Indian journal of veterinary science and animal husbandry - Volumes 15-17, 1948-1951
Year: 1948
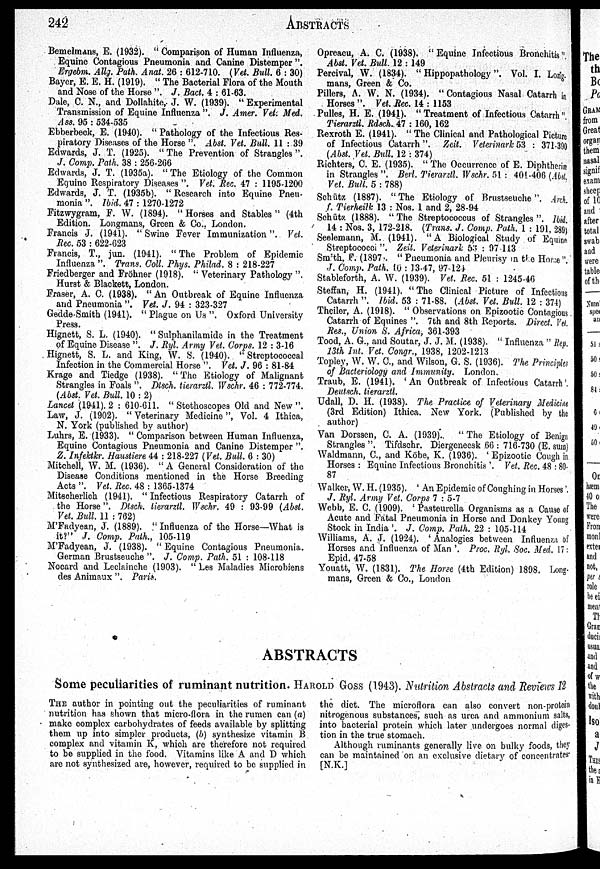
242
ABSTRACTS
Bemelmans, E. (1932). " Comparison of Human Influenza,
Equine Contagious Pneumonia and Canine Distemper ".
Ergebm. Allg. Path. Anat. 26 : 612-710. (Vet. Bull. 6 : 30)
Bayer, E. E. H. (1919). " The Bacterial Flora of the Mouth
and Nose of the Horse ". J. Bact. 4 : 61-63.
Dale, C. N., and Dollahite,. J. W. (1939). " Experimental
Transmission of Equine Influenza ". J. Amer. Vet. Med.
Ass. 95 : 534-535
Ebberbeck, E. (1940). " Pathology of the Infectious Res-
piratory Diseases of the Horse ". Abst. Vet. Bull. 11 : 39
Edwards, J. T. (1925). " The Prevention of Strangles ".
J. Comp. Path. 38 : 256-266
Edwards, J. T. (1935a). " The Etiology of the Common
Equine Respiratory Diseases". Vet. Rec. 47 : 1195-1200
Edwards, J. T. (1935b). " Research into Equine Pneu-
monia ". Ibid. 47 : 1270-1272
Fitzwygram, F. W. (1894). "Horses and Stables" (4th
Edition. Longmans, Green & Co., London.
Francis J. (1941). " Swine Fever Immunization". Vet.
Rec. 53 : 622-623
Francis, T., jun. (1941). "The Problem of Epidemic
Influenza ". Trans. Coll. Phys. Philad. 8 : 218-227
Friedberger and Fröhner (1918). " Veterinary Pathology ".
Hurst & Blackett, London.
Fraser, A. C. (1938). " An Outbreak of Equine Influenza
and Pneumonia ". Vet. J. 94 : 323-327
Gedde-Smith (1941). " Plague on Us ". Oxford University
Press.
Hignett, S. L. (1940). " Sulphanilamide in the Treatment
of Equine Disease ". J. Ryl. Army Vet. Corps. 12 : 3-16
Hignett, S. L. and King, W. S. (1940). "Streptococcal
Infection in the Commercial Horse ". Vet. J. 96 : 81-84
Krage and Tiedge (1938). "The Etiology of Malignant
Strangles in Foals ". Dtsch. tierarztl. Wschr. 46 : 772-774.
(Abst. Vet. Bull. 10 : 2)
Lancet (1941). 2 : 610-611. " Stethoscopes Old and New ".
Law, J. (1902). " Veterinary Medicine", Vol. 4 Ithica,
N. York (published by author)
Luhrs, E. (1933). " Comparison between Human Influenza,
Equine Contagious Pneumonia and Canine Distemper ".
Z. Infektkr. Haustiere 44 : 218-227 (Vet. Bull. 6 : 30)
Mitchell, W. M. (1936). " A General Consideration of the
Disease Conditions mentioned in the Horse Breeding
Acts ". Vet. Rec. 48 : 1365-1374
Mitsoherlich (1941). "Infectious Respiratory Catarrh of
the Horse". Dtsch. tierarztl. Wschr. 49 : 93-99 (Abst.
Vet. Bull. 11 : 762)
M'Fadyean, J. (1889). " Influenza of the Horse—What is
it?" J. Comp. Path., 105-119
M'Fadyean, J. (1938). " Equine Contagious Pneumonia.
German Brustseuche ". J. Comp. Path. 51 : 108-118
Nocard and Leclainche (1903). " Les Maladies Microbiens
des Animaux ". Paris.
Opreacu, A. C. (1938). "Equine Infectious Bronchitis"
Abst. Vet. Bull. 12 : 149
Percival, W. (1834). " Hippopathology". Vol. I. Long.
mans, Green & Co.
Pillers, A. W. N. (1934). " Contagious Nasal Catarrh in
Horses". Vet .Rec. 14 : 1153
Pulles, H. E. (1941). "Treatment of Infectious Catarrh"
Tierarztl. Rdsch. 47 : 160, 162
Rexroth E. (1941). " The Clinical and Pathological Picture
of Infectious Catarrh". Zeit. Veterinark 53 : 371-390
(Abst. Vet. Bull. 12 : 374)
Richters, C. E. (1935). " The Occurrence of E. Diphtheriæ
in Strangles ". Berl. Tierarztl. Wschr. 51 : 401-406 (Abst.
Vet. Bull. 5 : 788)
Schütz (1887). "The Etiology of Brustseuche". Arch
f. Tierheilk 13 : Nos. 1 and 2, 28-94
Schütz (1888). " The Streptococcus of Strangles ". Ibid
14 : Nos. 3, 172-218. (Trans. J. Comp. Path. 1 : 191, 289)
Seelemann, M. (1941). "A Biological Study of Equine
Streptococci". Zeit. Veterinark 53 : 97 113
Smith, F. (1897. " Pneumonia and Pleurisy in the Horse".
J. Comp. Path. 10 : 13-47, 97-124
Stableforth, A. W. (1939). Vet. Rec. 51 : 1245-46
Steffan, H. (1941). "The Clinical Picture of Infectious
Catarrh ". Ibid. 53 : 71-88. (Abst. Vet. Bull. 12 : 374)
Theiler, A. (1918). " Observations on Epizootic Contagious
Catarrh of Equines ". 7th and 8th Reports. Direct. vet.
Res., Union S. Africa, 361-393
Tood, A. G., and Soutar, J. J. M. (1938). " Influenza " Rep.
13th Int. Vet. Congr., 1938, 1202-1213
Topley, W. W. C., and Wilson, G. S. (1936). The Principles
of Bacteriology and Immunity. London.
Traub, E. (1941). 'An Outbreak of Infectious Catarrh'.
Deutsch. tierarztl.
Udall, D. H. (1938). The Practice of Veterinary Medicine
(3rd Edition) Ithica. New York. (Published by the
author)
Van Dorssen, C. A. (1939)'.
"The Etiology of Benign
Strangles ". Tifdschr. Diergeneesk 66 : 716-730 (E. sum)
Waldmann, C, and Köbe, K. (1936). ' Epizootic Cough in
Horses : Equine Infectious Bronchitis '. Vet. Rec. 48 : 80.
87
Walker, W. H. (1935). ' An Epidemic of Coughing in Horses'.
J. Ryl. Army Vet. Corps 7 : 5-7
Webb, E. C. (1909). ' Pasteurella Organisms as a Cause of
Acute and Fatal Pneumonia in Horse and Donkey Young
Stock in India '. J. Comp. Path. 22 : 105-114
Williams, A. J. (1924). 'Analogies between Influenza of
Horses and Influenza of Man '. Proc. Ryl. Soc. Med. 17:
Epid. 47-58
Youatt, W. (1831). The Horse (4th Edition) 1898. Long-
mans, Green & Co., London
ABSTRACTS
Some peculiarities of ruminant nutrition. HAROLD GOSS (1943). Nutrition Abstracts and Reviews 12
THE author in pointing out the peculiarities of ruminant
nutrition has shown that micro-flora in the rumen can (a)
make complex carbohydrates of feeds available by splitting
them up into simpler products, (b) synthesize vitamin B
complex and vitamin K, which are therefore not required
to be supplied in the food. Vitamins like A and D which
are not synthesized are, however, required to be supplied in
the diet. The microflora can also convert non-protein
nitrogenous substances, such as urea and ammonium salts,
into bacterial protein which later undergoes normal diges-
tion in the true stomach.
Although ruminants generally live on bulky foods, they
can be maintained on an exclusive dietary of concentrates
[N.K.]